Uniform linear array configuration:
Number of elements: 32
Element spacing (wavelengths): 0.5
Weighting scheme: kaiser
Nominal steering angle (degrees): -15
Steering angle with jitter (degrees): -16.045
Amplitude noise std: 0.05
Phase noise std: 0.05

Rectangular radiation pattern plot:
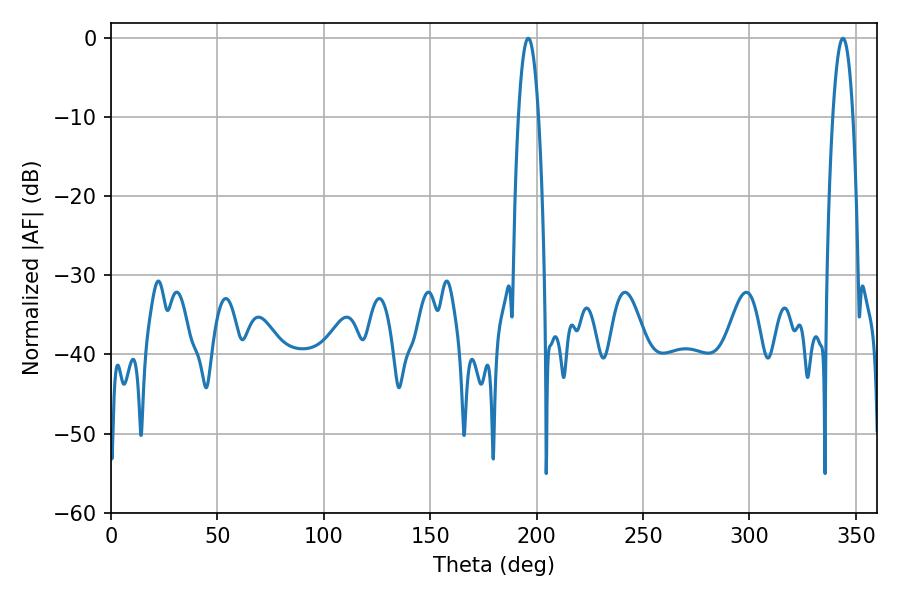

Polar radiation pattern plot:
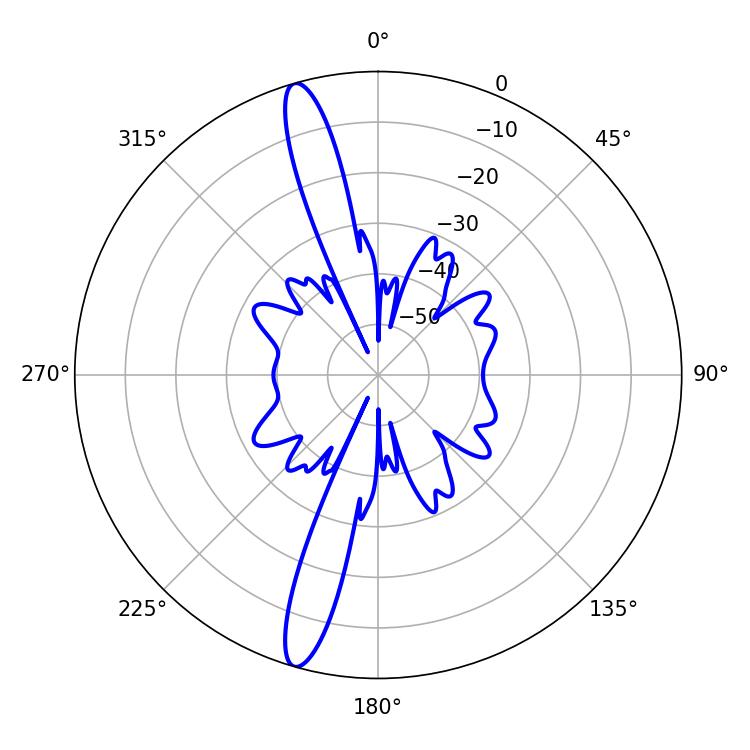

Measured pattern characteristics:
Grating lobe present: FALSE
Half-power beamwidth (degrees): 5.22
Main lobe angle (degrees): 196.02